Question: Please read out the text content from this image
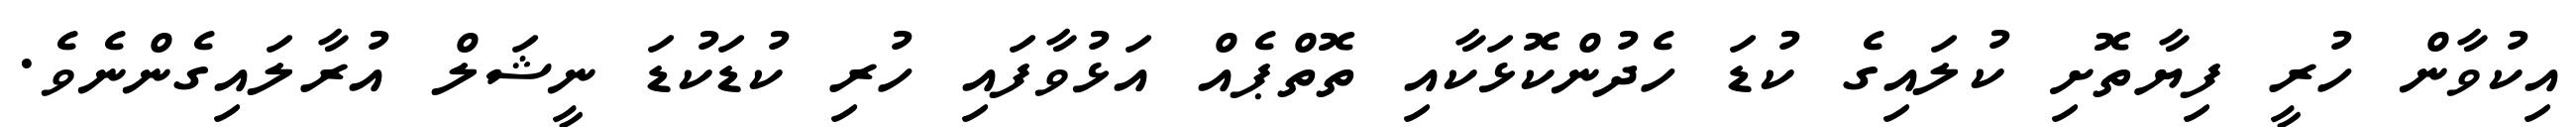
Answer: އިކުވާން ހުރީ ފިޔާތޮށި ކުލައިގެ ކުޑަ ހެދުންކޮޅަކާއި ތޮތްޕެއް އަޅުވާފައި ހުރި ކުޑަކުޑަ ނީޝަލް އުރާލައިގެންނެވެ.